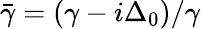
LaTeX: \bar{\gamma}=(\gamma-i\Delta_{0})/\gamma